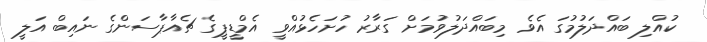
ކުއްލި ބައްދަލުމުގަ އެވެ މިބައްދަލުވުމަށް ގަރާރު ހުށަހެޅުއްވީ އެމްޑީޕީގެ ޗެއާޕާސަންގެ ނައިބް އަލީ